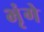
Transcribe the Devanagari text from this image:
भृंगे